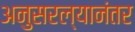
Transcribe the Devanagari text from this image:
अनुसरल्यानंतर